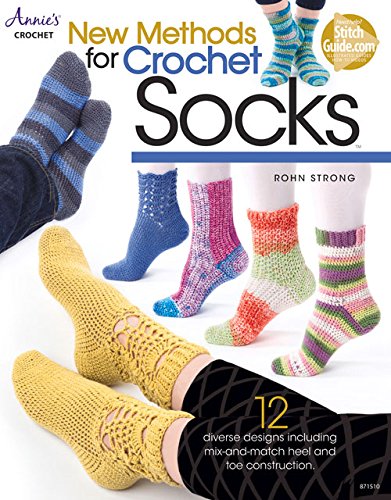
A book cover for New Methods for Crochet Socks (Annie's Crochet); Rohn Strong; Crafts, Hobbies & Home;